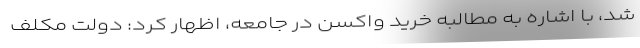
شد، با اشاره به مطالبه‌ خرید واکسن در جامعه، اظهار کرد: دولت مکلف